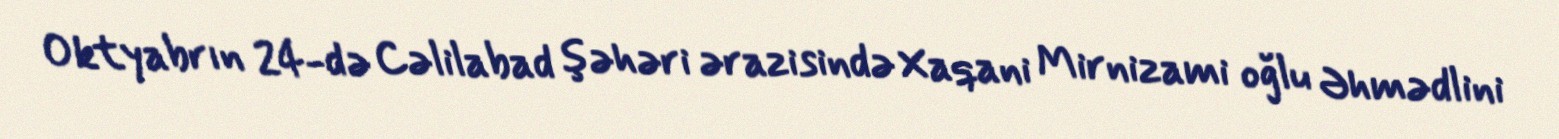
Oktyabrın 24-də Cəlilabad şəhəri ərazisində Xaqani Mirnizami oğlu Əhmədlini